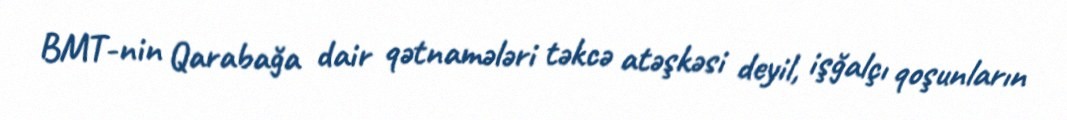
BMT-nin Qarabağa dair qətnamələri təkcə atəşkəsi deyil, işğalçı qoşunların